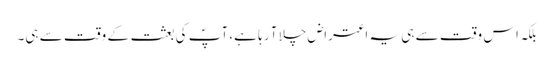
بلکہ اس وقت سے ہی یہ اعتراض چلا آ رہا ہے، آپؐ کی بعثت کے وقت سے ہی۔